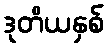
ဒုတိယနှစ်